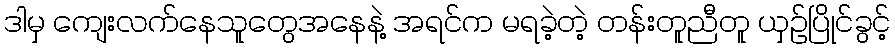
ဒါမှ ကျေးလက်နေသူတွေအနေနဲ့ အရင်က မရခဲ့တဲ့ တန်းတူညီတူ ယှဉ်ပြိုင်ခွင့်